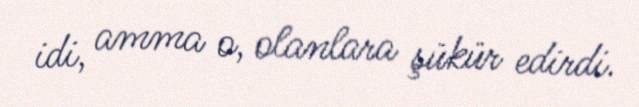
idi, amma o, olanlara şükür edirdi.